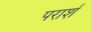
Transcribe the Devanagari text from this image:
परार्श